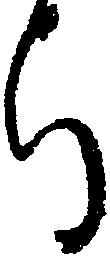
ち